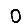
Digit: 0